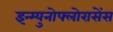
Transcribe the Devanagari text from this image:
इन्म्युनोफ्लोरासेंस